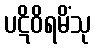
ပဋိဝိရမိံသု